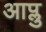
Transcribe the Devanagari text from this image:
आप्लु